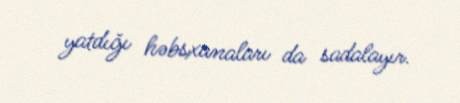
yatdığı həbsxanaları da sadalayır.